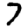
Digit: 7